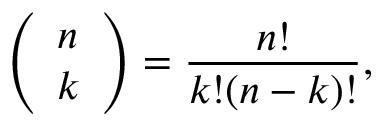
\left( \begin{array} { l } { n } \\ { k } \end{array} \right) = \frac { n ! } { k ! ( n - k ) ! } ,